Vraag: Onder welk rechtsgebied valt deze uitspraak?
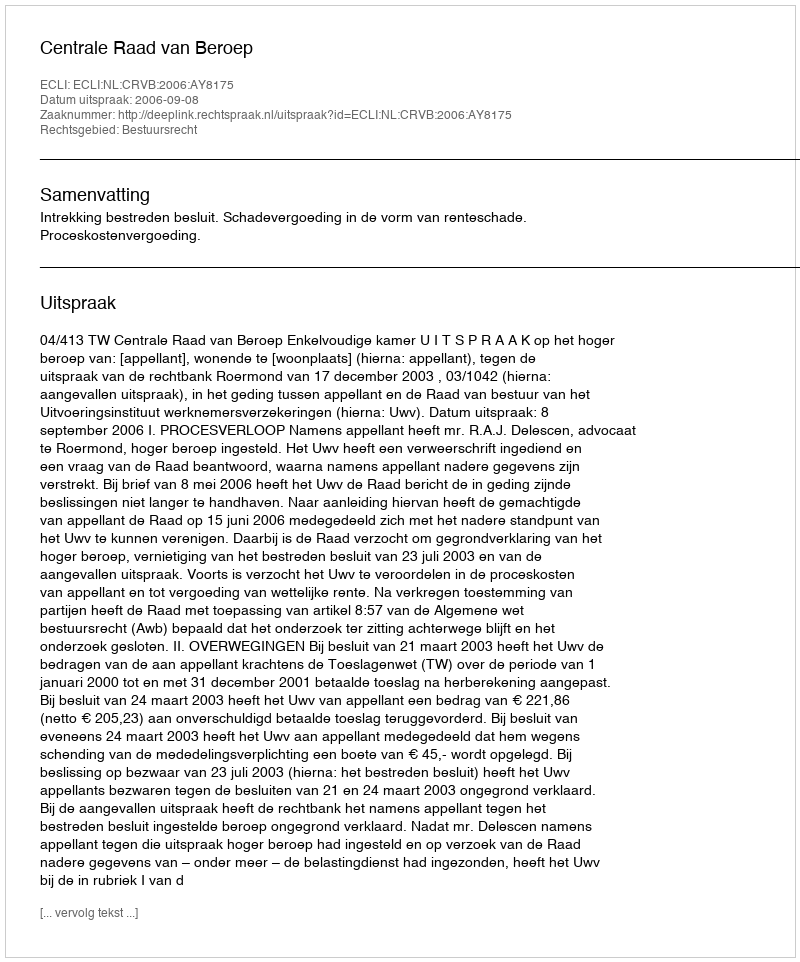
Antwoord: Bestuursrecht